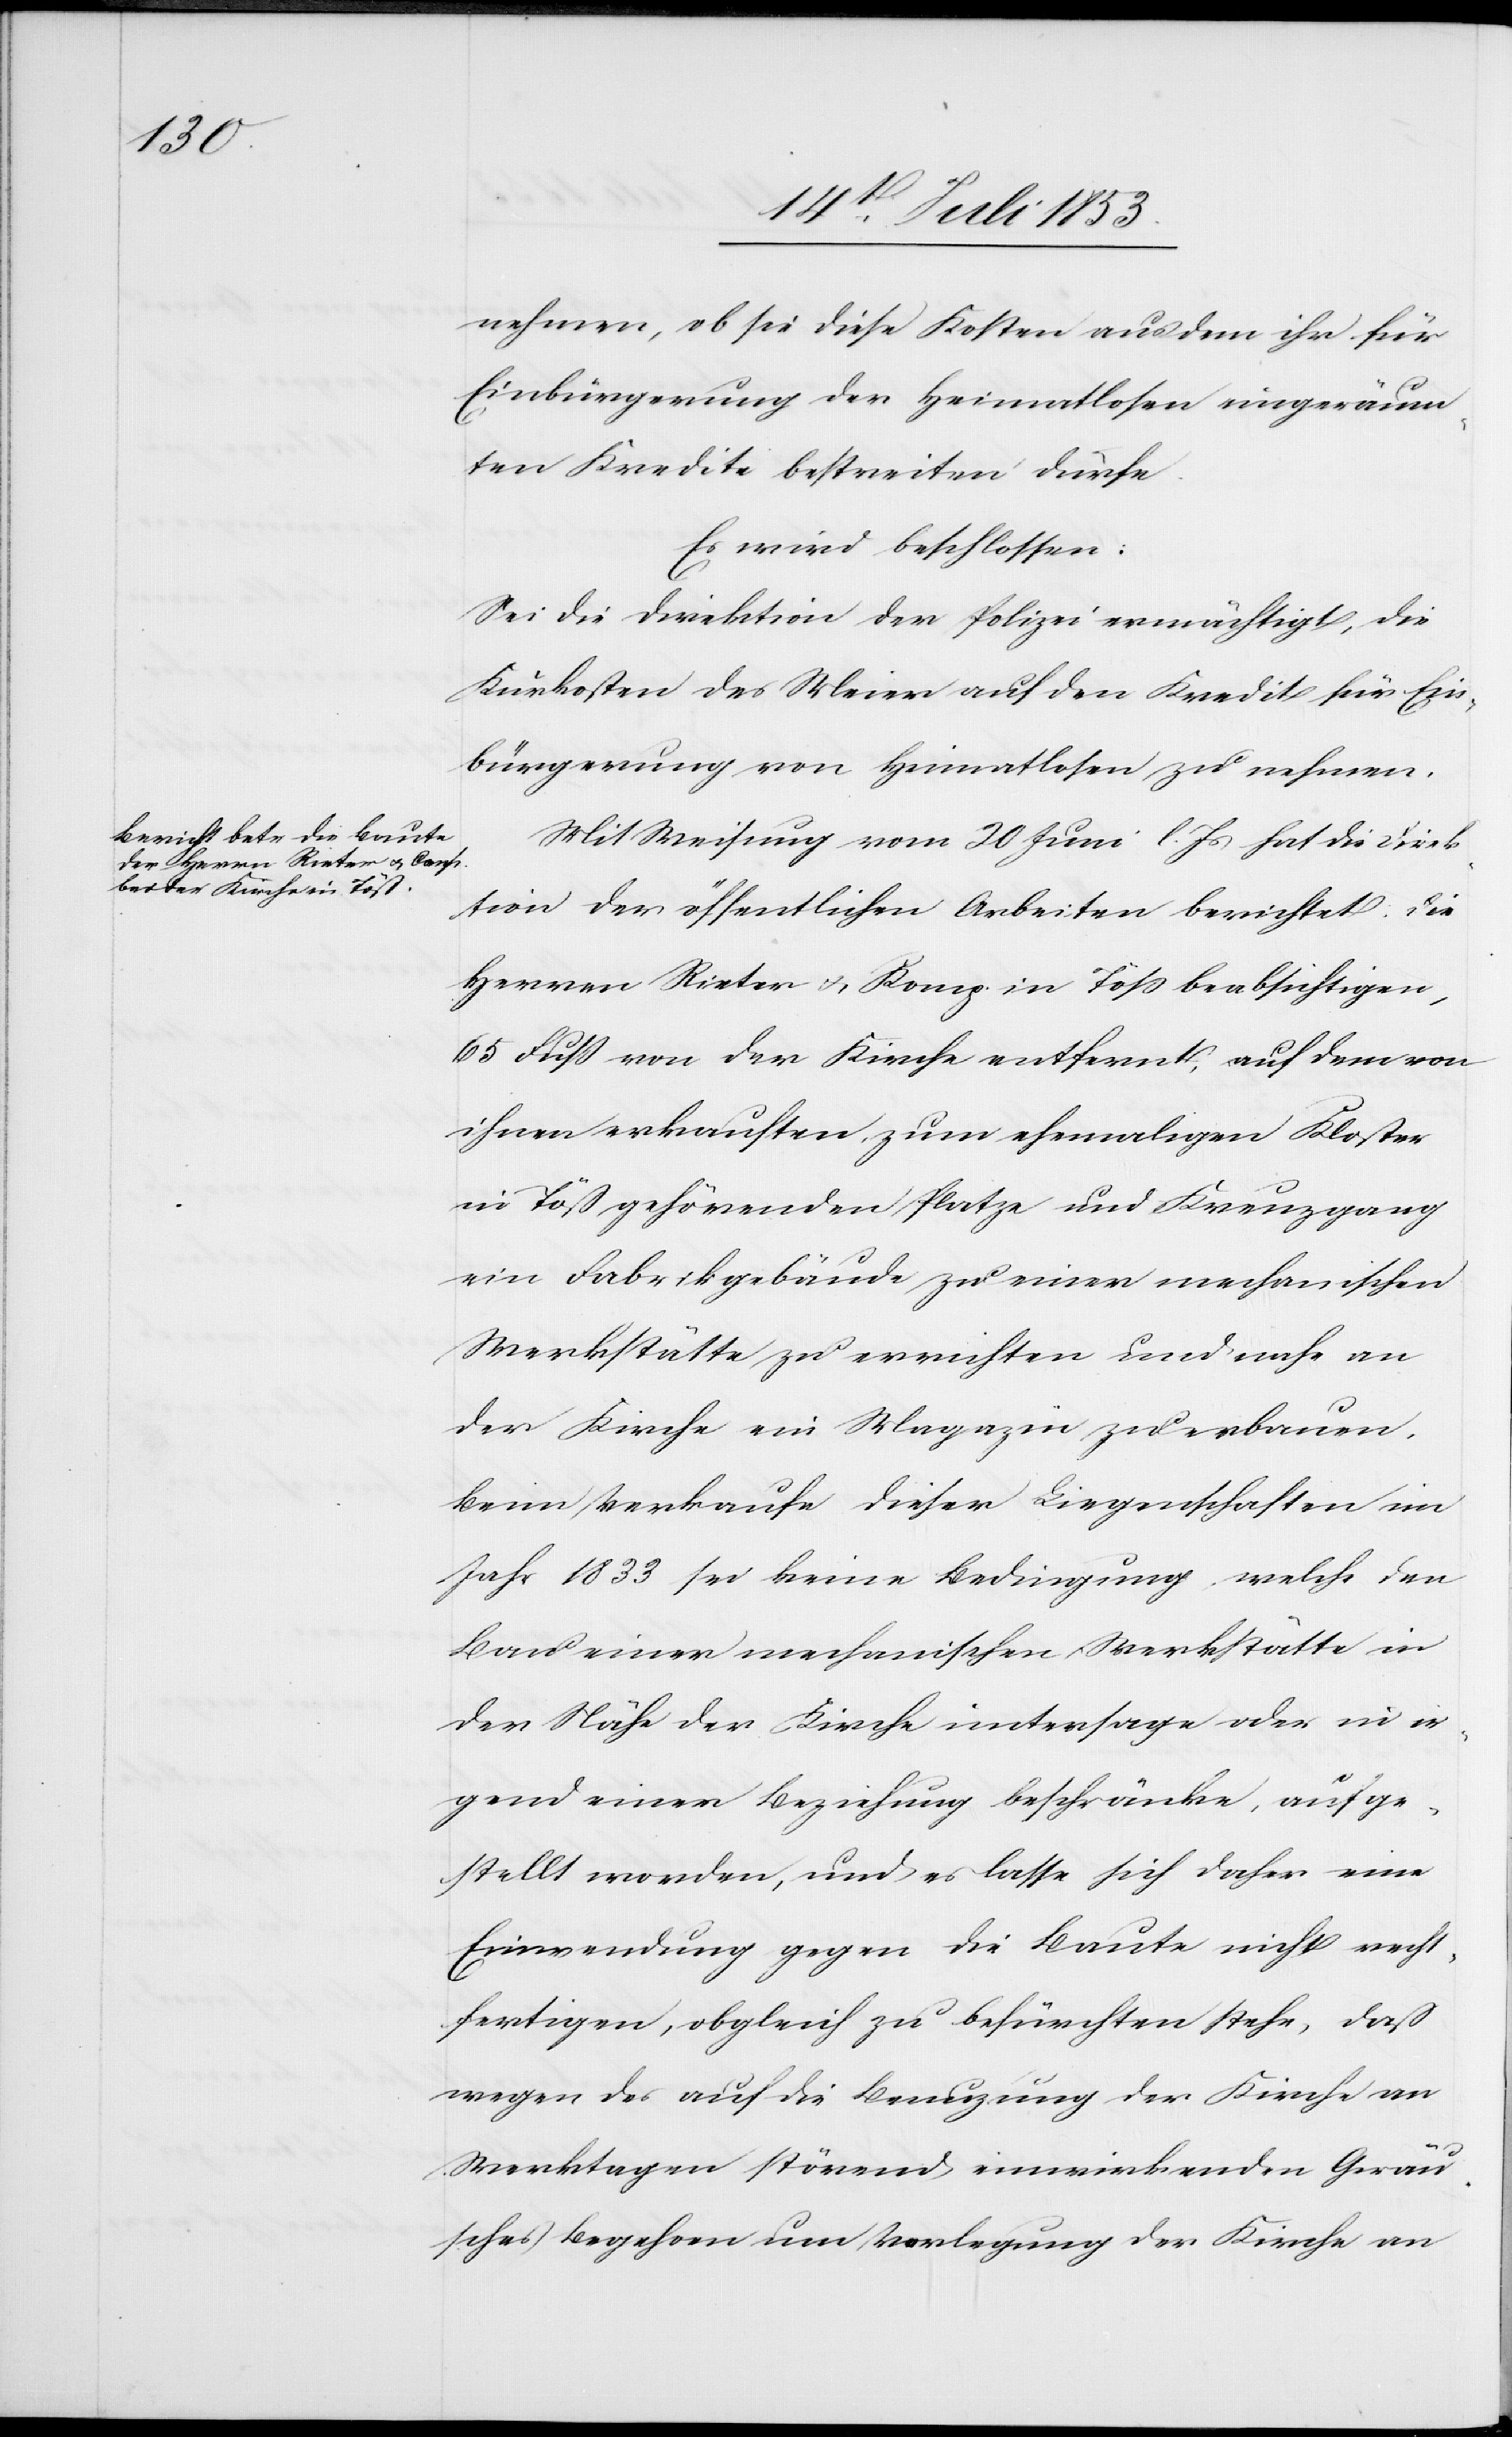
nehmen, ob sie diese Kosten aus dem ihr für
Einbürgerung der Heimatlosen eingeräum¬
ten Kredite bestreiten dürfe.
Es wird beschlossen:
Sei die Direktion der Polizei ermächtigt, die
Kurkosten des Meier auf den Kredit für Ein¬
bürgerung von Heimatlosen zu nehmen.
Mit Weisung vom 20 Juni l. Js. hat die Direk¬
tion der öffentlichen Arbeiten berichtet, die
Herren Rieter u. Komp. in Töß beabsichtigen,
65 Fuß von der Kirche entfernt, auf dem von
ihnen erkauften, zum ehemaligen Kloster
in Töß gehörenden Platze und Kreuzgang
der Kirche ein Magazin zu erbauen.
Beim Verkaufe dieser Liegenschaften im
Jahr 1833 sei keine Bedingung welche den
Bau einer mechanischen Werkstätte in
der Nähe der Kirche untersage oder in ir¬
gend einer Beziehung beschränke, aufge¬
stellt worden, und es lasse sich daher eine
Einwendung gegen die Baute nicht recht¬
fertigen, obgleich zu befürchten stehe, daß
wegen des auf die Benuzung der Kirche an
Werktagen störend einwirkenden Geräu¬
sches Begehren um Verlegung der Kirche an